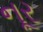
નૂર